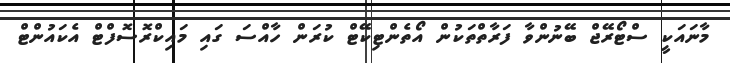
މާނައަކީ ސްޓޯރޭޖް ބޭނުންވާ ފަރާތްތަކުން އޯތެންޓިކޭޓް ކުރަން ހާއްސަ ގައި މައިކްރޮސޮފްޓް އެކައުންޓް